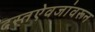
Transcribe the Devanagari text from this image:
दस्तऐवजांवरून